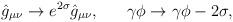
LaTeX: \begin{align*}\hat{g}_{\mu\nu}\to e^{2\sigma}\hat{g}_{\mu\nu},\ \ \ \ \ \gamma\phi\to \gamma\phi-2\sigma,\end{align*}